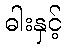
ဓါးနှင့်